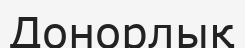
Донорлық